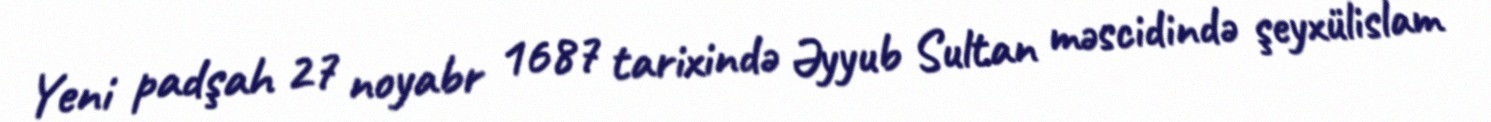
Yeni padşah 27 noyabr 1687 tarixində Əyyub Sultan məscidində şeyxülislam